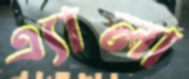
এ্যালা